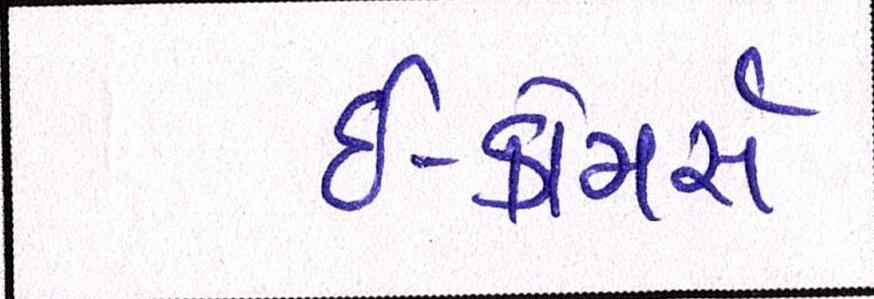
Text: ઇ-કોમસૅ